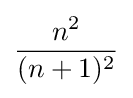
{\frac {n^{2}}{(n+1)^{2}}}